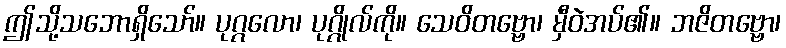
ဤသို့သဘောရှိသော်။ ပုဂ္ဂလော၊ ပုဂ္ဂိုလ်ကို။ သေဝိတဗ္ဗော၊ မှီဝဲအပ်၏။ ဘဇိတဗ္ဗော၊